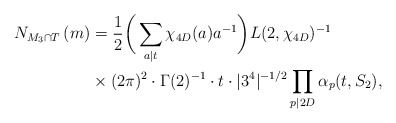
\begin{align*}N_{M_3\cap T}\left(m\right) &= \frac{1}{2}\bigg(\sum_{a\mid t}\chi_{4D}(a)a^{-1}\bigg)L(2,\chi_{4D})^{-1} \\&\times (2\pi)^2\cdot\Gamma(2)^{-1}\cdot t\cdot |3^4|^{-1/2} \prod_{p \mid 2D}\alpha_p(t,S_2),\end{align*}